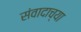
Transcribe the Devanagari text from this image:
संवादाच्या